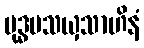
ဗုဒ္ဓမသယှသာဟိနံ